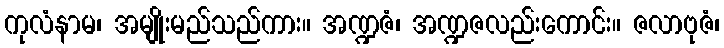
ကုလံနာမ၊ အမျိုးမည်သည်ကား။ အဏ္ဍဇံ၊ အဏ္ဍဇလည်းကောင်း။ ဇလာဗုဇံ၊